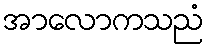
အာလောကသညံ